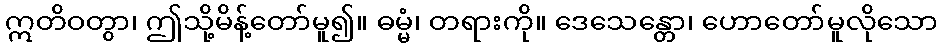
ဣတိဝတွာ၊ ဤသို့မိန့်တော်မူ၍။ ဓမ္မံ၊ တရားကို။ ဒေသေန္တော၊ ဟောတော်မူလိုသော